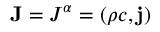
\mathbf { J } = J ^ { \alpha } = ( \rho c , \mathbf { \vec { j } } )